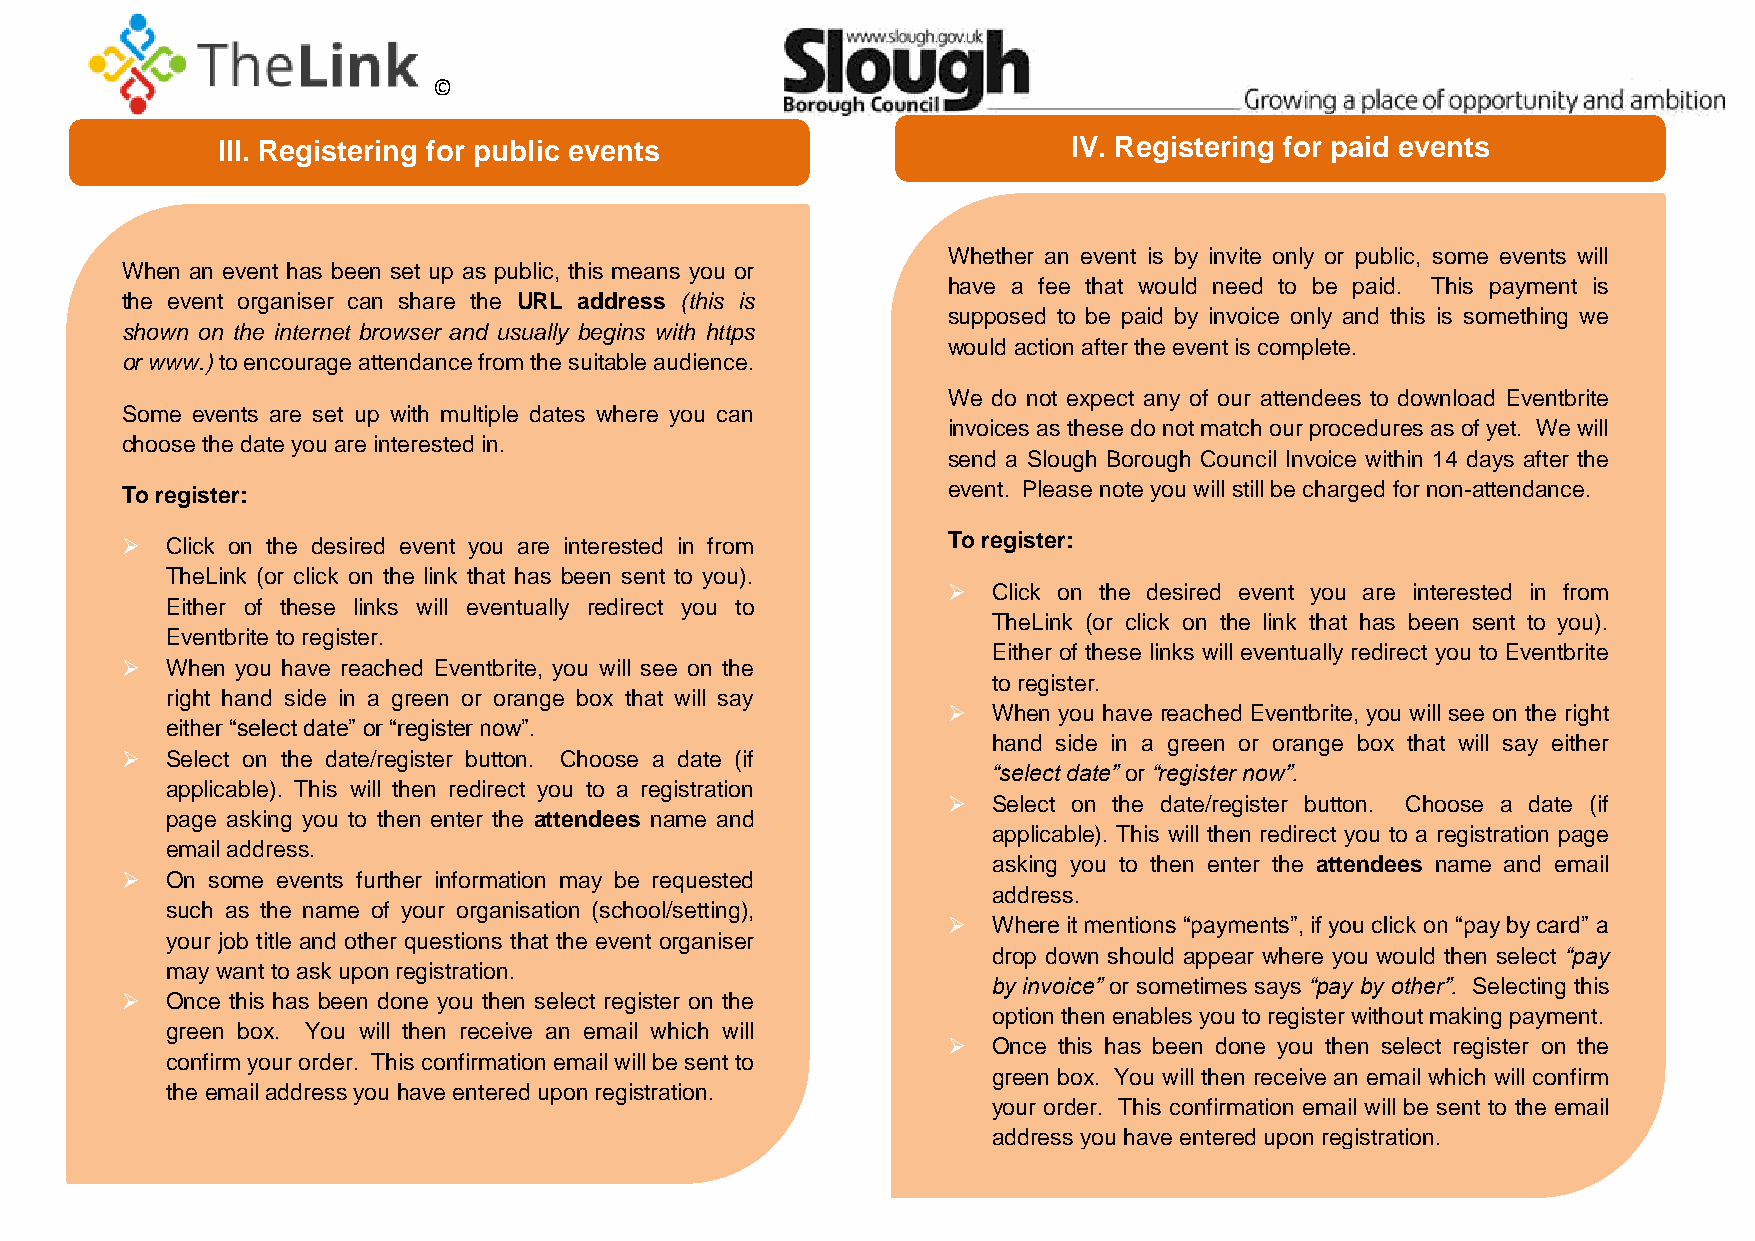
©
 III. Registering for public events                       IV. Registering for paid events
 Whether an event is by invite only or public, some events will
 When an event has been set up as public, this means you or
 have a fee that would need to be paid. This payment is
 the event organiser can share the URL address (this is
 supposed to be paid by invoice only and this is something we
 shown on the internet browser and usually begins with https
 would action after the event is complete.
 or www.) to encourage attendance from the suitable audience.
 We do not expect any of our attendees to download Eventbrite
 Some events are set up with multiple dates where you can
 invoices as these do not match our procedures as of yet. We will
 choose the date you are interested in.
 send a Slough Borough Council Invoice within 14 days after the
 To register:                                           event. Please note you will still be charged for non-attendance.
   Click on the desired event you are interested in from To register:
 TheLink (or click on the link that has been sent to you).
   Click on the desired event you are interested in from
 Either of these links will eventually redirect you to
 TheLink (or click on the link that has been sent to you).
 Eventbrite to register.
 Either of these links will eventually redirect you to Eventbrite
   When you have reached Eventbrite, you will see on the
 to register.
 right hand side in a green or orange box that will say
   When you have reached Eventbrite, you will see on the right
 either “select date” or “register now”.
 hand side in a green or orange box that will say either
   Select on the date/register button. Choose a date (if
 “select date” or “register now”.
 applicable). This will then redirect you to a registration
   Select on the date/register button. Choose a date (if
 page asking you to then enter the attendees name and
 applicable). This will then redirect you to a registration page
 email address.
 asking you to then enter the attendees name and email
   On some events further information may be requested
 address.
 such as the name of your organisation (school/setting),
   Where it mentions “payments”, if you click on “pay by card” a
 your job title and other questions that the event organiser
 drop down should appear where you would then select “pay
 may want to ask upon registration.
 by invoice” or sometimes says “pay by other”. Selecting this
   Once this has been done you then select register on the
 option then enables you to register without making payment.
 green box. You will then receive an email which will
   Once this has been done you then select register on the
 confirm your order. This confirmation email will be sent to
 green box. You will then receive an email which will confirm
 the email address you have entered upon registration.
 your order. This confirmation email will be sent to the email
 address you have entered upon registration.